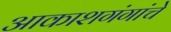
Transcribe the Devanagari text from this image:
आकाशगंगांचे